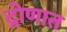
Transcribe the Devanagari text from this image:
द्रोणात